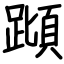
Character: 蹞